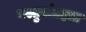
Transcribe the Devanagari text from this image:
वस्तुसंग्रहात